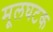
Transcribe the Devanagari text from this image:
मूलघटक